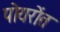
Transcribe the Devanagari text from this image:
पोयरोंत